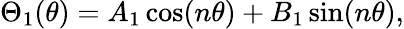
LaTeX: \Theta_{1}(\theta)=A_{1}\cos(n\theta)+B_{1}\sin(n\theta),